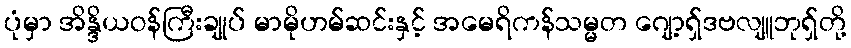
ပုံမှာ အိန္ဒိယဝန်ကြီးချုပ် မာမိုဟမ်ဆင်းနှင့် အမေရိကန်သမ္မတ ဂျော့ရှ်ဒဗလျူဘုရှ်တို့